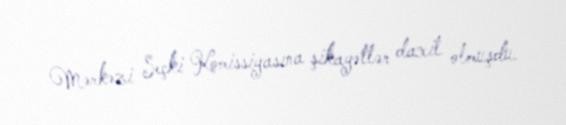
Mərkəzi Seçki Komissiyasına şikayətlər daxil olmuşdu.